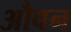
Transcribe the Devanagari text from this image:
औवन